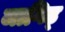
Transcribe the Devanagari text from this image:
जागिड्